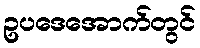
ဥပဒေအောက်တွင်